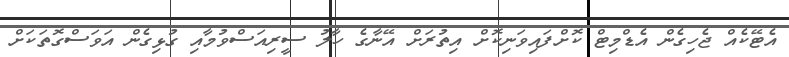
އެޓޭކެއް ޖެހިގެން އެޑްމިޓް ކޮށްފައިވަނިކޮށް އިތުރަށް އޭނާގެ ހާލު ސީރިއަސްވުމާއި ގުޅިގެން އަވަސްގޮތަކަށް